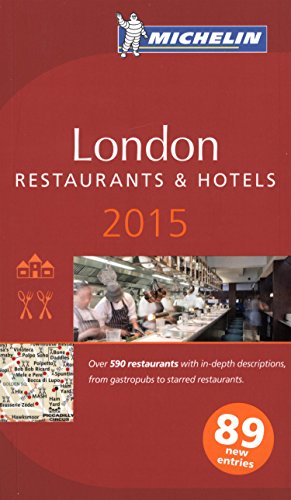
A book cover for Michelin Guide London 2015 (Michelin Red Guide London); Michelin; Travel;